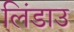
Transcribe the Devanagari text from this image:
लिंडाउ